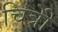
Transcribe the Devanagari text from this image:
चित्रोें